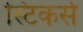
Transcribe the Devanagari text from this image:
स्टिकर्स